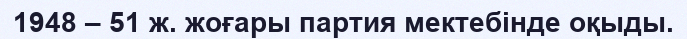
1948 – 51 ж. жоғары партия мектебінде оқыды.